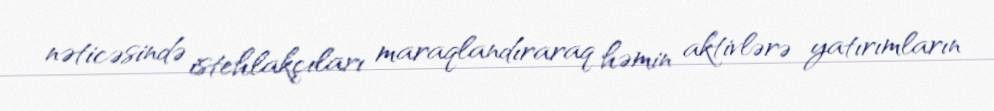
nəticəsində istehlakçıları maraqlandıraraq həmin aktivlərə yatırımların